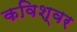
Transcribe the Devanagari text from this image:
कविश्वर